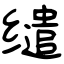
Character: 缱